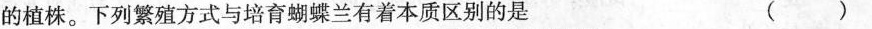
的植株。下列繁殖方式与培育蝴蝶兰有着本质区别的是 ()